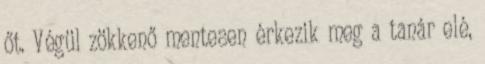
őt. Végül zökkenő mentesen érkezik meg a tanár elé,